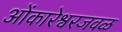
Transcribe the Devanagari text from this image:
ओंकारेश्वरजवळ